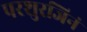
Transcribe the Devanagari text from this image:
परशुरजिनं